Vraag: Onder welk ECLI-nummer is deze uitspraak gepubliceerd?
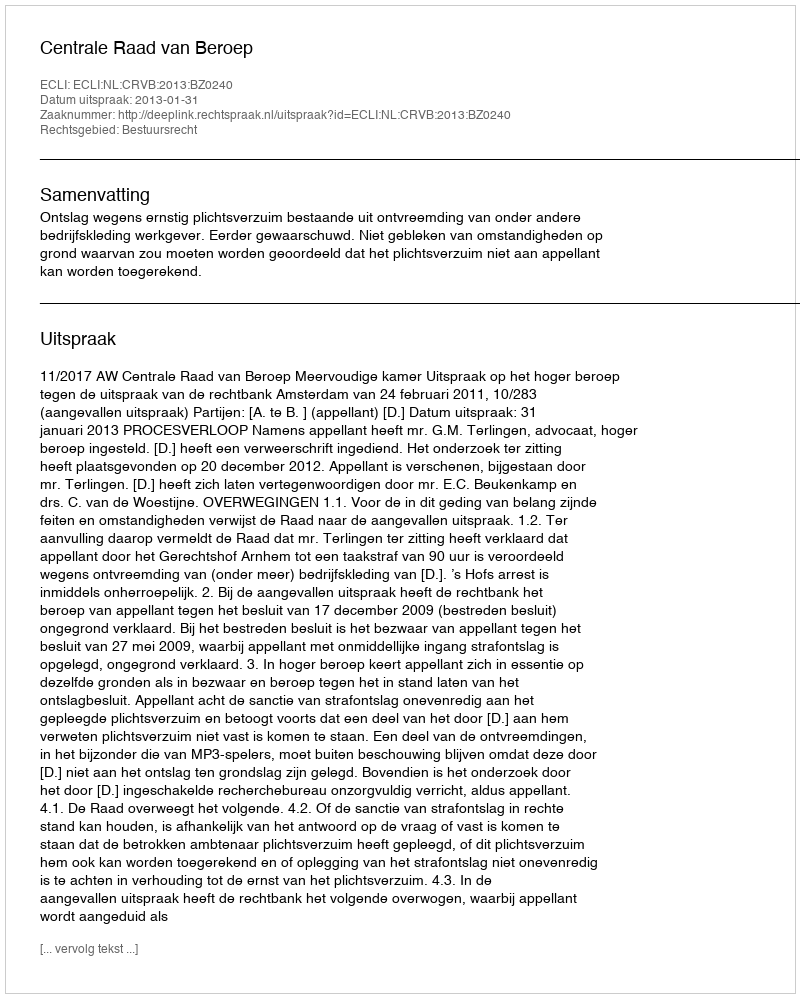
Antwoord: ECLI:NL:CRVB:2013:BZ0240